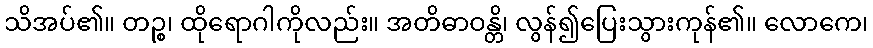
သိအပ်၏။ တဉ္စ၊ ထိုရောဂါကိုလည်း။ အတိဓာဝန္တိ၊ လွန်၍ပြေးသွားကုန်၏။ လောကေ၊